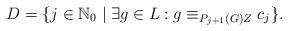
LaTeX: \begin{align*} D = \{ j \in \mathbb{N}_0 \mid \exists g \in L : g \equiv_{P_{j+1}(G) Z} c_j \}. \end{align*}